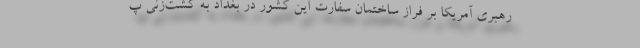
رهبری آمریکا بر فراز ساختمان سفارت این کشور در بغداد به گشت‌زنی پ